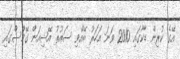
އޭގެ ކުރިން ޑާކާގައި 2010 ވަނަ އަހަރު ބޭއްވި ސައުތު އޭޝިއަން ގޭމްސްގައި